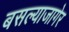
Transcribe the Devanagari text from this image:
बसल्याजागेर